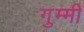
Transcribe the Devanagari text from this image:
गुम्मी